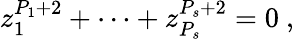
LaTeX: z_{1}^{P_{1}+2}+\dots+z_{P_{s}}^{P_{s}+2}=0~,